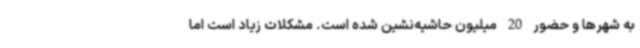
به شهرها و حضور 20 میلیون حاشیه‌نشین شده است. مشکلات زیاد است اما